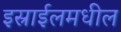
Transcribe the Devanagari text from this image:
इस्राईलमधील